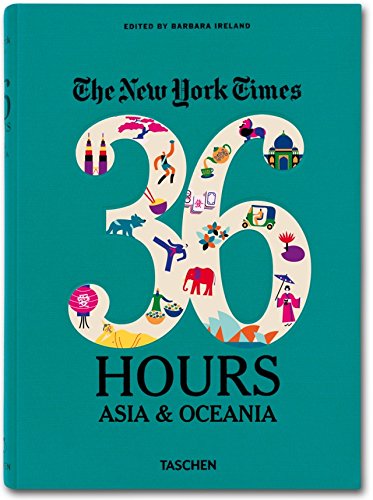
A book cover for The New York Times: 36 Hours - Asia & Oceania; Travel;